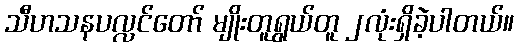
သီဟသနပလ္လင်တော် မျိုးတူရွယ်တူ ၂လုံးရှိခဲ့ပါတယ်။